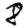
Digit: 8